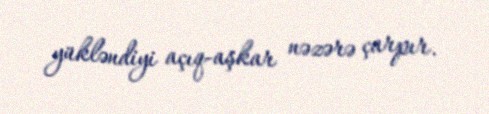
yükləndiyi açıq-aşkar nəzərə çarpır.